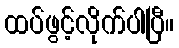
ထပ်ဖွင့်လိုက်ပါပြီ။